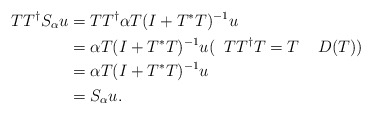
\begin{align*} TT^\dagger S_{\alpha}u&=TT^\dagger \alpha T(I+T^*T)^{-1}u \\ &=\alpha T(I+T^*T)^{-1}u (\;\; TT^\dagger T=T\;\; \;\; D(T))\\ &=\alpha T(I+T^*T)^{-1}u \\ &=S_{\alpha}u.\end{align*}